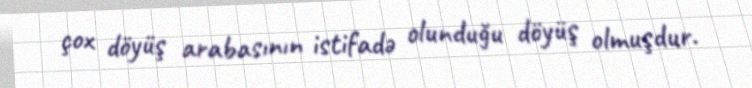
çox döyüş arabasının istifadə olunduğu döyüş olmuşdur.